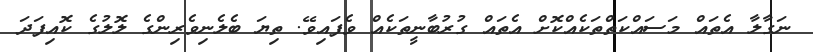
ނަގާލާ އެތައް މަސައްކަތްތަކެއްކޮށް އެތައް ގުރުބާނީތަކެއް ވެފައިވޭ. ތިޔަ ބެލެނިވެރިންގެ ލޮލުގެ ކޮއިފަދަ